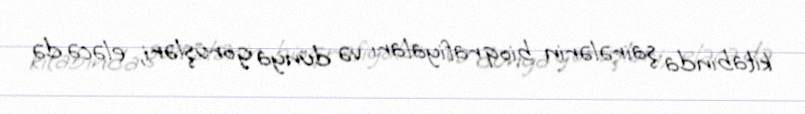
kitabında şairələrin bioqrafiyaları və dünya görüşləri, eləcə də